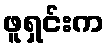
ဖူရှင်းက